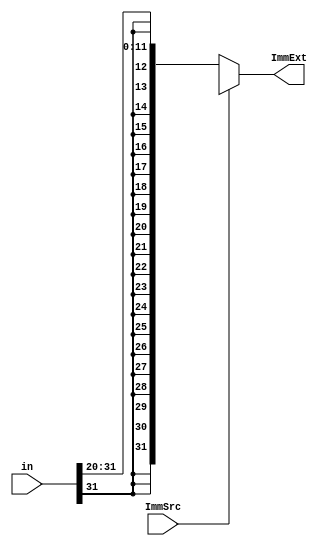
module sign_extend (in,ImmExt,ImmSrc);

input [31:0] in;
input ImmSrc ;
output [31:0] ImmExt;

assign ImmExt = (ImmSrc == 1)? ({{20{In[31]}},In[31:25],In[11:7]}) :
                               {{20{in[31]}},in[31:20]} ;
                               

    
     
endmodule